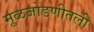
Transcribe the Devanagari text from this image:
मूळजोडणीतली